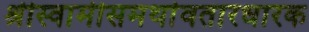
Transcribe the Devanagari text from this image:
श्रीस्वामीसमर्थावतारधारक